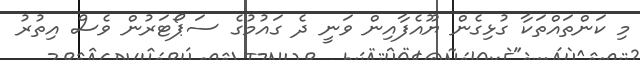
މި ކަންތައްތަކާ ގުޅިގެން ޔޫއެފާއިން ވަނީ ދެ ގައުމުގެ ސަޕޯޓަރުން ވެސް އިތުރު